Indian journal of veterinary science and animal husbandry - Volume 6,
Year: 1936
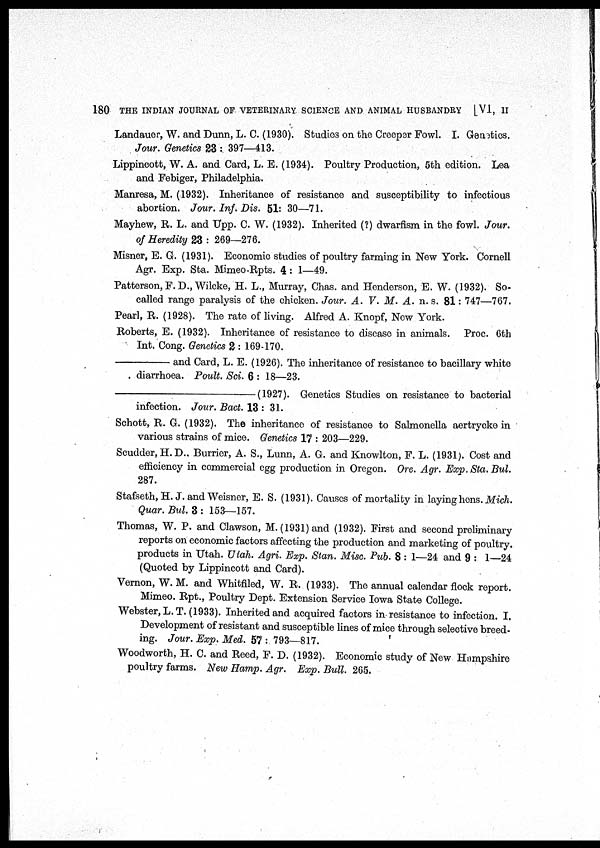
180 THE INDIAN JOURNAL OF VETERINARY SCIENCE AND ANIMAL HUSBANDRY [VI, II
Landauer, W. and Dunn, L. C. (1930). Studies on the Creeper Fowl. I. Genetics.
Jour. Genetics 23 : 397—413.
Lippincott, W. A. and Card, L. E. (1934). Poultry Production, 5th edition. Lea
and Febiger, Philadelphia.
Manresa, M. (1932). Inheritance of resistance and susceptibility to infectious
abortion. Jour. Inf. Dis. 51: 30—71.
Mayhew, R. L. and Upp. C. W. (1932). Inherited (?) dwarfism in the fowl. Jour.
of Heredity 23 : 269—276.
Misner, E. G. (1931). Economic studies of poultry farming in New York. Cornell
Agr. Exp. Sta. Mimeo-Rpts. 4: 1—49.
Patterson, F. D., Wilcke, H. L., Murray, Chas. and Henderson, E. W. (1932). So-
called range paralysis of the chicken. Jour. A. V. M. A. n. s. 81: 747—767.
Pearl, R. (1928). The rate of living. Alfred A. Knopf, New York.
Roberts, E. (1932). Inheritance of resistance to disease in animals. Proc. 6th
Int. Cong. Genetics 2 : 169-170.
—
and Card, L. E. (1926). The inheritance of resistance to bacillary white
. diarrhoea. Poult. Sci. 6 : 18—23.
—
(1927). Genetics Studies on resistance to bacterial
infection. Jour. Bact. 13 : 31.
Schott, R. G. (1932). The inheritance of resistance to Salmonella aertrycke in
various strains of mice. Genetics 17 : 203—229.
Scudder, H. D.. Burrier, A. S., Lunn, A. G. and Knowlton, F. L. (1931). Cost and
efficiency in commercial egg production in Oregon. Ore. Agr. Exp. Sta. Bul.
287.
Stafseth, H. J. and Weisner, E. S. (1931). Causes of mortality in laying hens. Mich.
Quar. Bul. 3 : 153—157.
Thomas, W. P. and Clawson, M. (1931) and (1932). First and second preliminary
reports on economic factors affecting the production and marketing of poultry.
products in Utah. Utah. Agri. Exp. Stan. Misc. Pub. 8 : 1—24 and 9 : 1—24
(Quoted by Lippincott and Card).
Vernon, W. M. and Whitfiled, W. R. (1933). The annual calendar flock report.
Mimeo. Rpt., Poultry Dept. Extension Service Iowa State College.
Webster, L.T. (1933). Inherited and acquired factors in resistance to infection. I.
Development of resistant and susceptible lines of mice through selective breed¬
ing. Jour. Exp. Med. 57 : 793—817.
Woodworth, H. C. and Reed, F. D. (1932). Economic study of New Hampshire
poultry farms. New Hamp. Agr. Exp. Bull. 265.